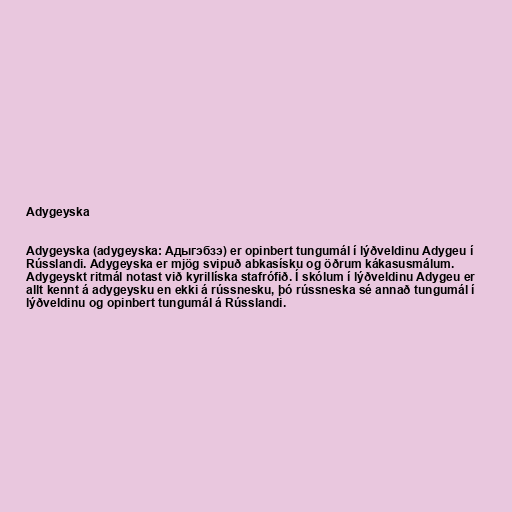
Adygeyska

Adygeyska (adygeyska: Aдыгэбзэ) er opinbert tungumál í lýðveldinu Adygeu í
Rússlandi. Adygeyska er mjög svipuð abkasísku og öðrum kákasusmálum.
Adygeyskt ritmál notast við kyrillíska stafrófið. Í skólum í lýðveldinu Adygeu er
allt kennt á adygeysku en ekki á rússnesku, þó rússneska sé annað tungumál í
lýðveldinu og opinbert tungumál á Rússlandi.